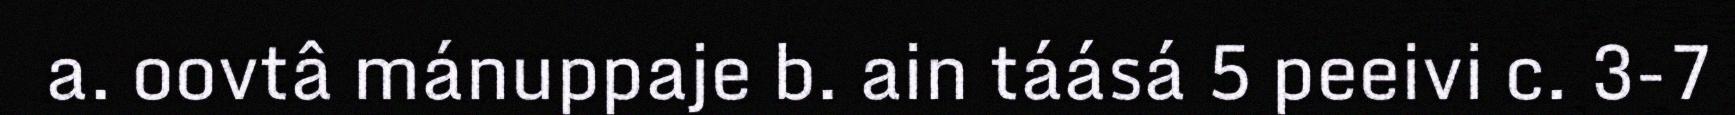
a. oovtâ mánuppaje b. ain táásá 5 peeivi c. 3-7